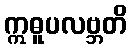
ဣဓူပလဗ္ဘတိ